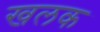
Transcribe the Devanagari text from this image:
खलक